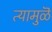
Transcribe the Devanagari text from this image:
त्यामुळॆ